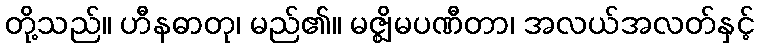
တို့သည်။ ဟီနဓာတု၊ မည်၏။ မဇ္ဈိမပဏီတာ၊ အလယ်အလတ်နှင့်